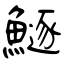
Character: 鱁